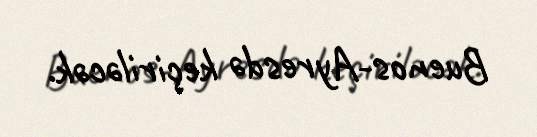
Buenos-Ayresdə keçiriləcək.